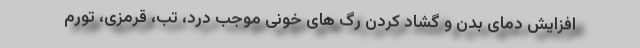
افزایش دمای بدن و گشاد کردن رگ های خونی موجب درد، تب، قرمزی، تورم